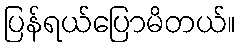
ပြန်ရယ်ပြောမိတယ်။